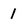
Character: 1